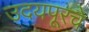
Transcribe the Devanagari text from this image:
उदयपूरचे